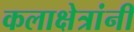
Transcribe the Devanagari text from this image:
कलाक्षेत्रांनी